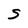
Character: s